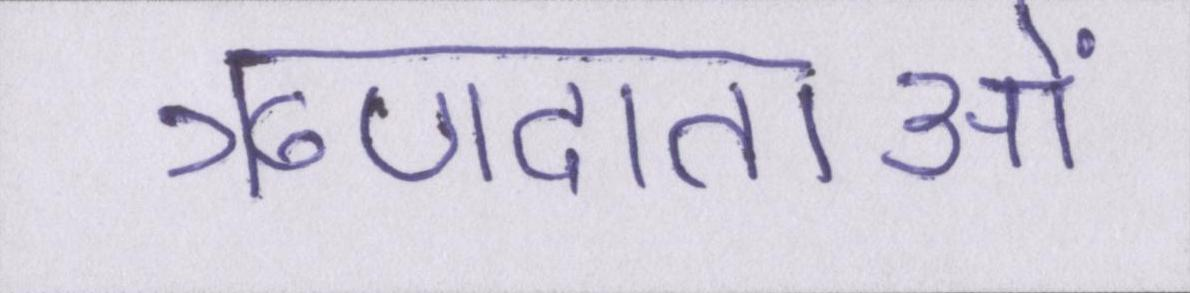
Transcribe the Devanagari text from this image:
ऋणदाताओं